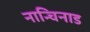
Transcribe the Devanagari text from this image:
नान्चिनाड